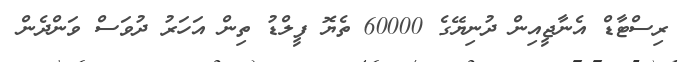
ރިސްޓާޑް އެނާޖީއިން ދުނިޔޭގެ 60000 ތެޔޮ ފީލްޑު ތިން އަހަރު ދުވަސް ވަންދެން